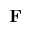
\mathbf F